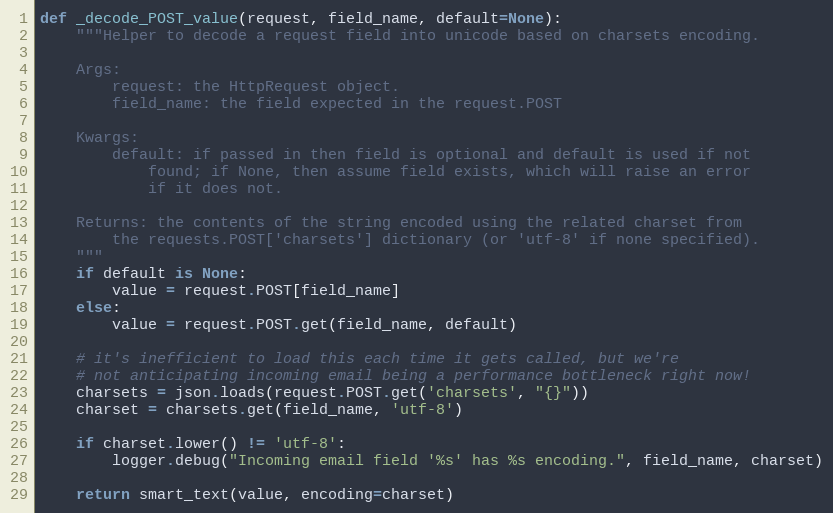
Language: Python
def _decode_POST_value(request, field_name, default=None):
    """Helper to decode a request field into unicode based on charsets encoding.

    Args:
        request: the HttpRequest object.
        field_name: the field expected in the request.POST

    Kwargs:
        default: if passed in then field is optional and default is used if not
            found; if None, then assume field exists, which will raise an error
            if it does not.

    Returns: the contents of the string encoded using the related charset from
        the requests.POST['charsets'] dictionary (or 'utf-8' if none specified).
    """
    if default is None:
        value = request.POST[field_name]
    else:
        value = request.POST.get(field_name, default)

    # it's inefficient to load this each time it gets called, but we're
    # not anticipating incoming email being a performance bottleneck right now!
    charsets = json.loads(request.POST.get('charsets', "{}"))
    charset = charsets.get(field_name, 'utf-8')

    if charset.lower() != 'utf-8':
        logger.debug("Incoming email field '%s' has %s encoding.", field_name, charset)

    return smart_text(value, encoding=charset)